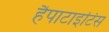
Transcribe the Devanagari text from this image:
हैपाटाइटिस